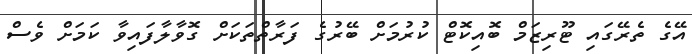
އޭގެ ތެރޭގައި ޓޫރިޒަމް ބޮއިކޮޓް ކުރުމަށް ބޭރުގެ ފަރާތްތަކަށް ގޮވާލާފައިވާ ކަމަށް ވެސް